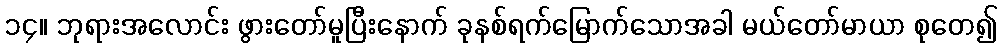
၁၄။ ဘုရားအလောင်း ဖွားတော်မူပြီးနောက် ခုနစ်ရက်မြောက်သောအခါ မယ်တော်မာယာ စုတေ၍